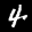
Label: 4